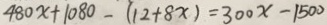
4 8 0 x + 1 0 8 0 - ( 1 2 + 8 x ) = 3 0 0 x - 1 5 0 0